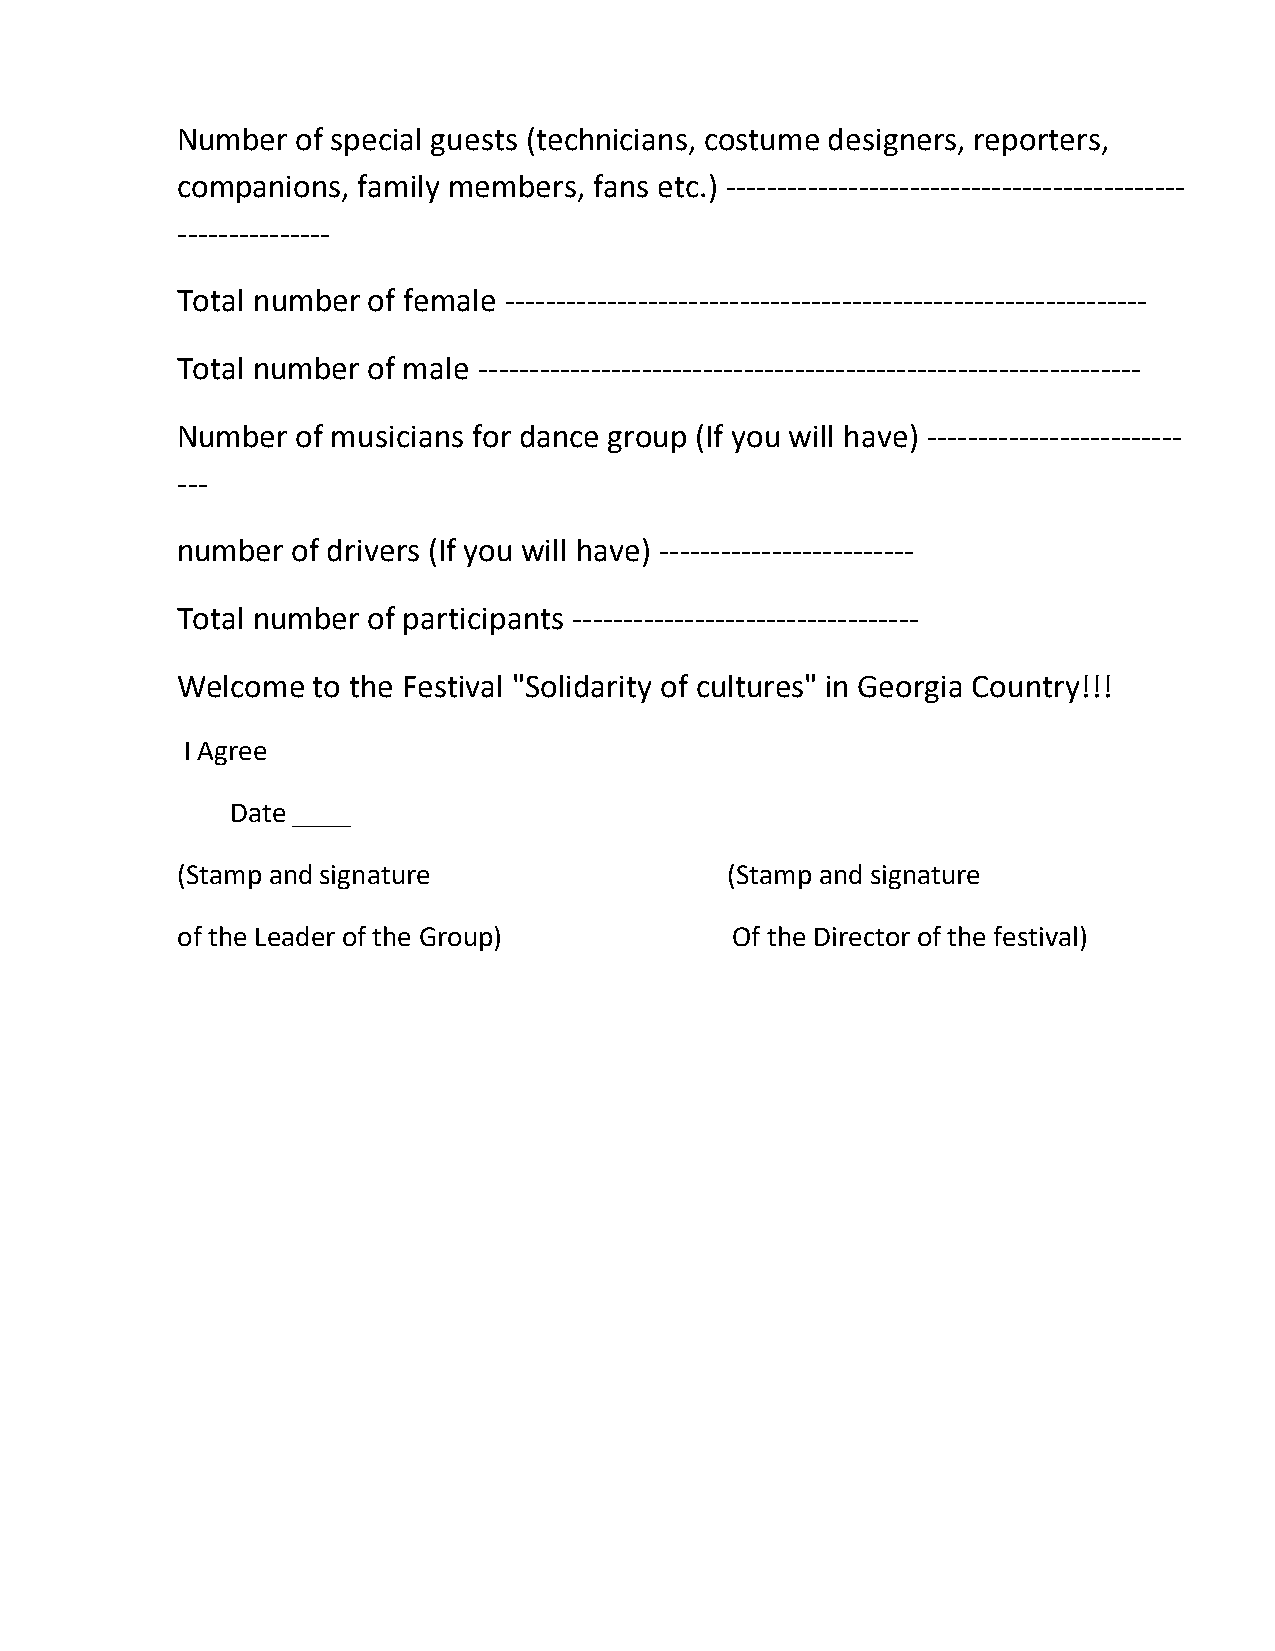
Number  of special guests (technicians, costume designers, reporters,
 companions, family members, fans etc.) ---------------------------------------------
 ---------------
 Total number of female ---------------------------------------------------------------
 Total number of male -----------------------------------------------------------------
 Number  of musicians for dance group (If you will have) -------------------------
 ---
 number of drivers (If you will have) -------------------------
 Total number of participants ----------------------------------
 Welcome  to the Festival "Solidarity of cultures" in Georgia Country!!!
 I Agree
 Date ____
 (Stamp and signature                (Stamp and signature
 of the Leader of the Group)         Of the Director of the festival)